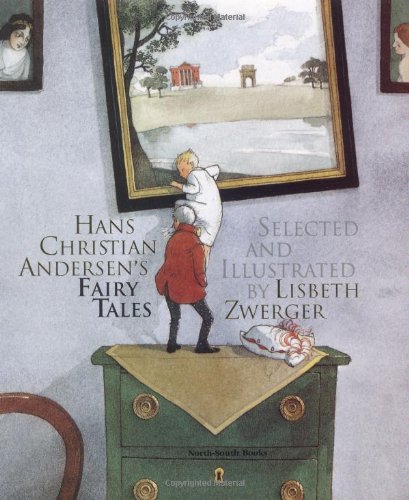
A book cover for Andersen's Fairy Tales; Hans Christian Andersen; Children's Books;